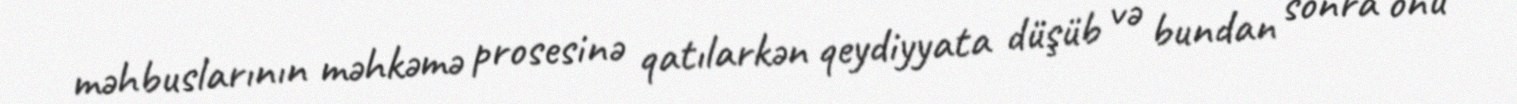
məhbuslarının məhkəmə prosesinə qatılarkən qeydiyyata düşüb və bundan sonra onu